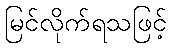
မြင်လိုက်ရသဖြင့်